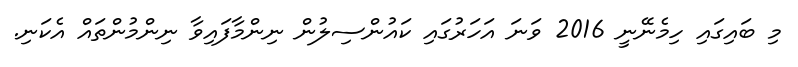
މި ބައިގައި ހިމެނޭނީ 2016 ވަނަ އަހަރުގައި ކައުންސިލުން ނިންމާފައިވާ ނިންމުންތައް އެކަނި.